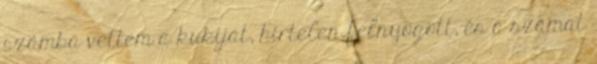
számba vettem a kukiját, hírtelen felnyögött, és a számat